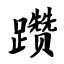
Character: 躜